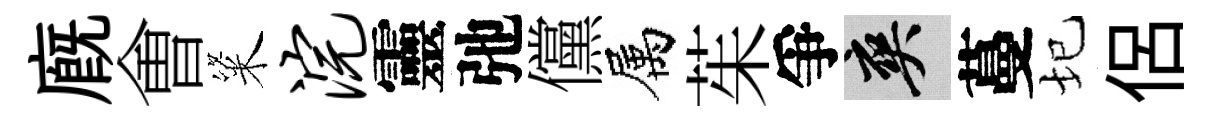
廐㑹粢浣靈弛儻属茱爭爽蔓圮侶